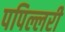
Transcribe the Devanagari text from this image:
पपिल्लरी